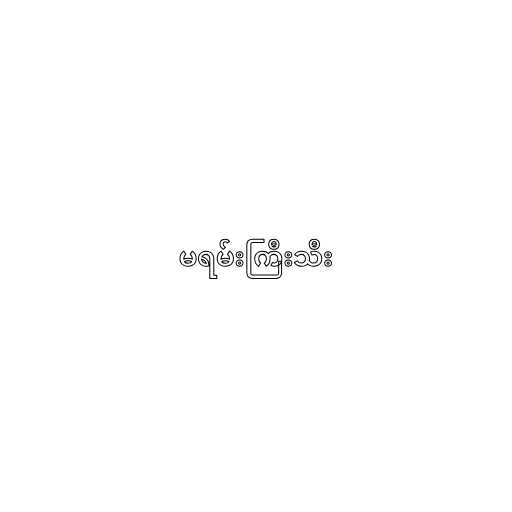
မရမ်းကြီးသီး